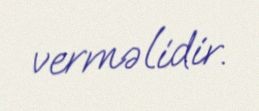
verməlidir.